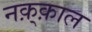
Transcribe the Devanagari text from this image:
नक़्क़ाल